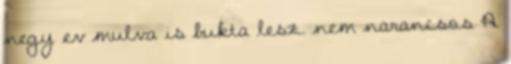
negy ev mulva is bukta lesz. nem narancsos A